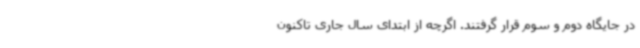
در جایگاه دوم و سوم قرار گرفتند. اگرچه از ابتدای سال جاری تاکنون